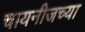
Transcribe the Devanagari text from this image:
चायनीजच्या